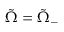
\Tilde { \Omega } = \Tilde { \Omega } _ { - }